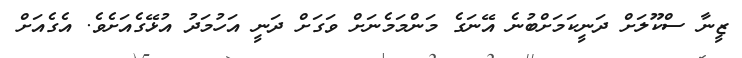
ޒީނާ ސްކޫލަށް ދަނީކަމަށްބުނެ އޭނަގެ މަންމަމެނަށް ވަގަށް ދަނީ އަހުމަދު އުޅޭގެއަށެވެ. އެގެއަށް